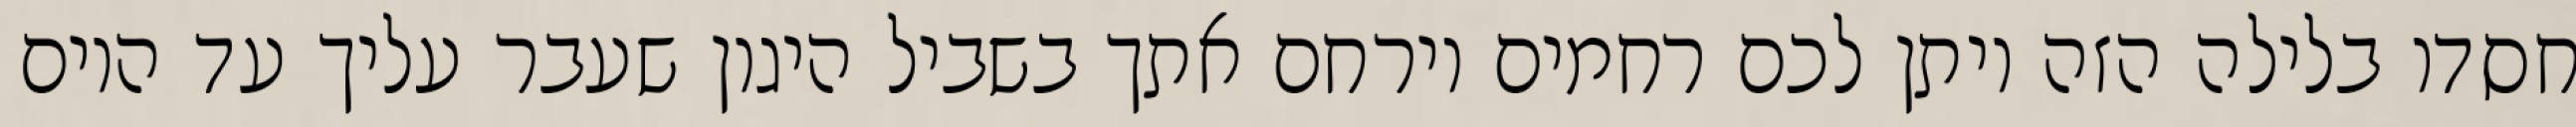
חסדו בלילה הזה ויתן לכם רחמים וירחם אתך בשביל היגון שעבר עליך עד היום